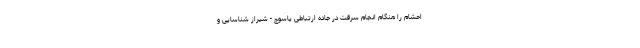
احشام را هنگام انجام سرقت در جاده ارتباطی یاسوج - شیراز شناسایی و